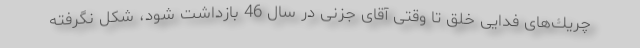
چریك‌های فدایی خلق تا وقتی آقای جزنی در سال 46 بازداشت شود، شكل نگرفته